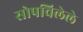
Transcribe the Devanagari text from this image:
सोपविलेले